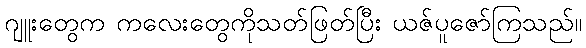
ဂျူးတွေက ကလေးတွေကိုသတ်ဖြတ်ပြီး ယဇ်ပူဇော်ကြသည်။